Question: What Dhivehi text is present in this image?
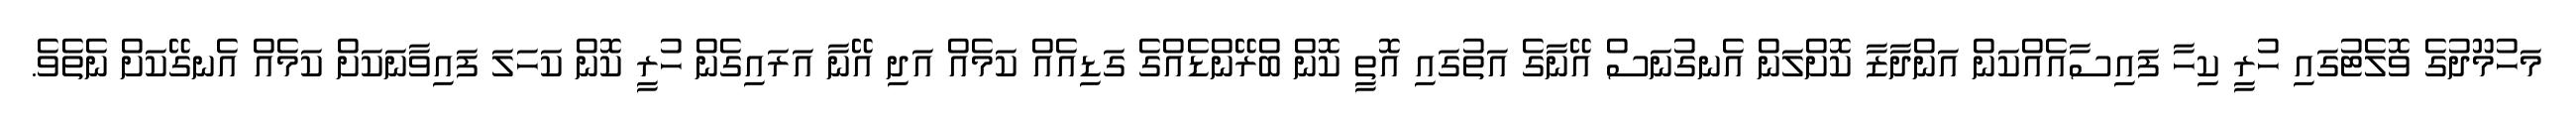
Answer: މަހުމޫދުގެ ވޮލެޓުގައި ހުރީ ކިހާ ފައިސާއެއްކަން އަންދާޒާ ކޮށްލަން އެނގުނަސް އޭނާގެ އަތުގައި އޮތީ ކޮން ބްރޭންޑެއްގެ ގަޑިއެއް ކަމެއް އަދި އޭނާ އަރައިގެން ހުރީ ކޮން ކަހަލަ ފައިވާނަކަށް ކަމެއް އެނގޭކަށް ނެތެވެ.